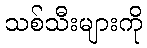
သစ်သီးများကို